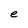
Character: e